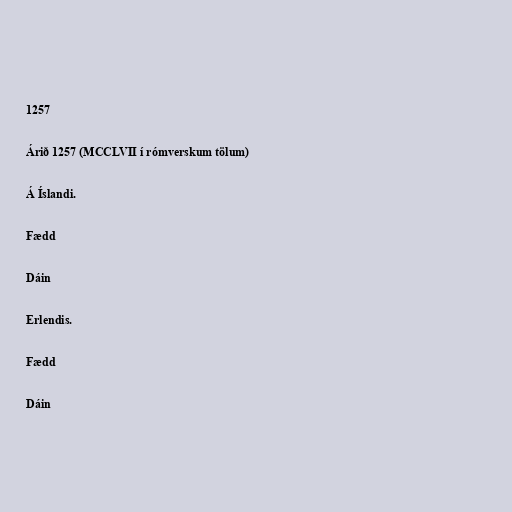
1257

Árið 1257 (MCCLVII í rómverskum tölum)

Á Íslandi.

Fædd

Dáin

Erlendis.

Fædd

Dáin